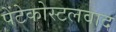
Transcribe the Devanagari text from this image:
पेंटेकोस्टलवाद